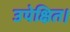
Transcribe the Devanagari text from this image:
उपेक्षित।